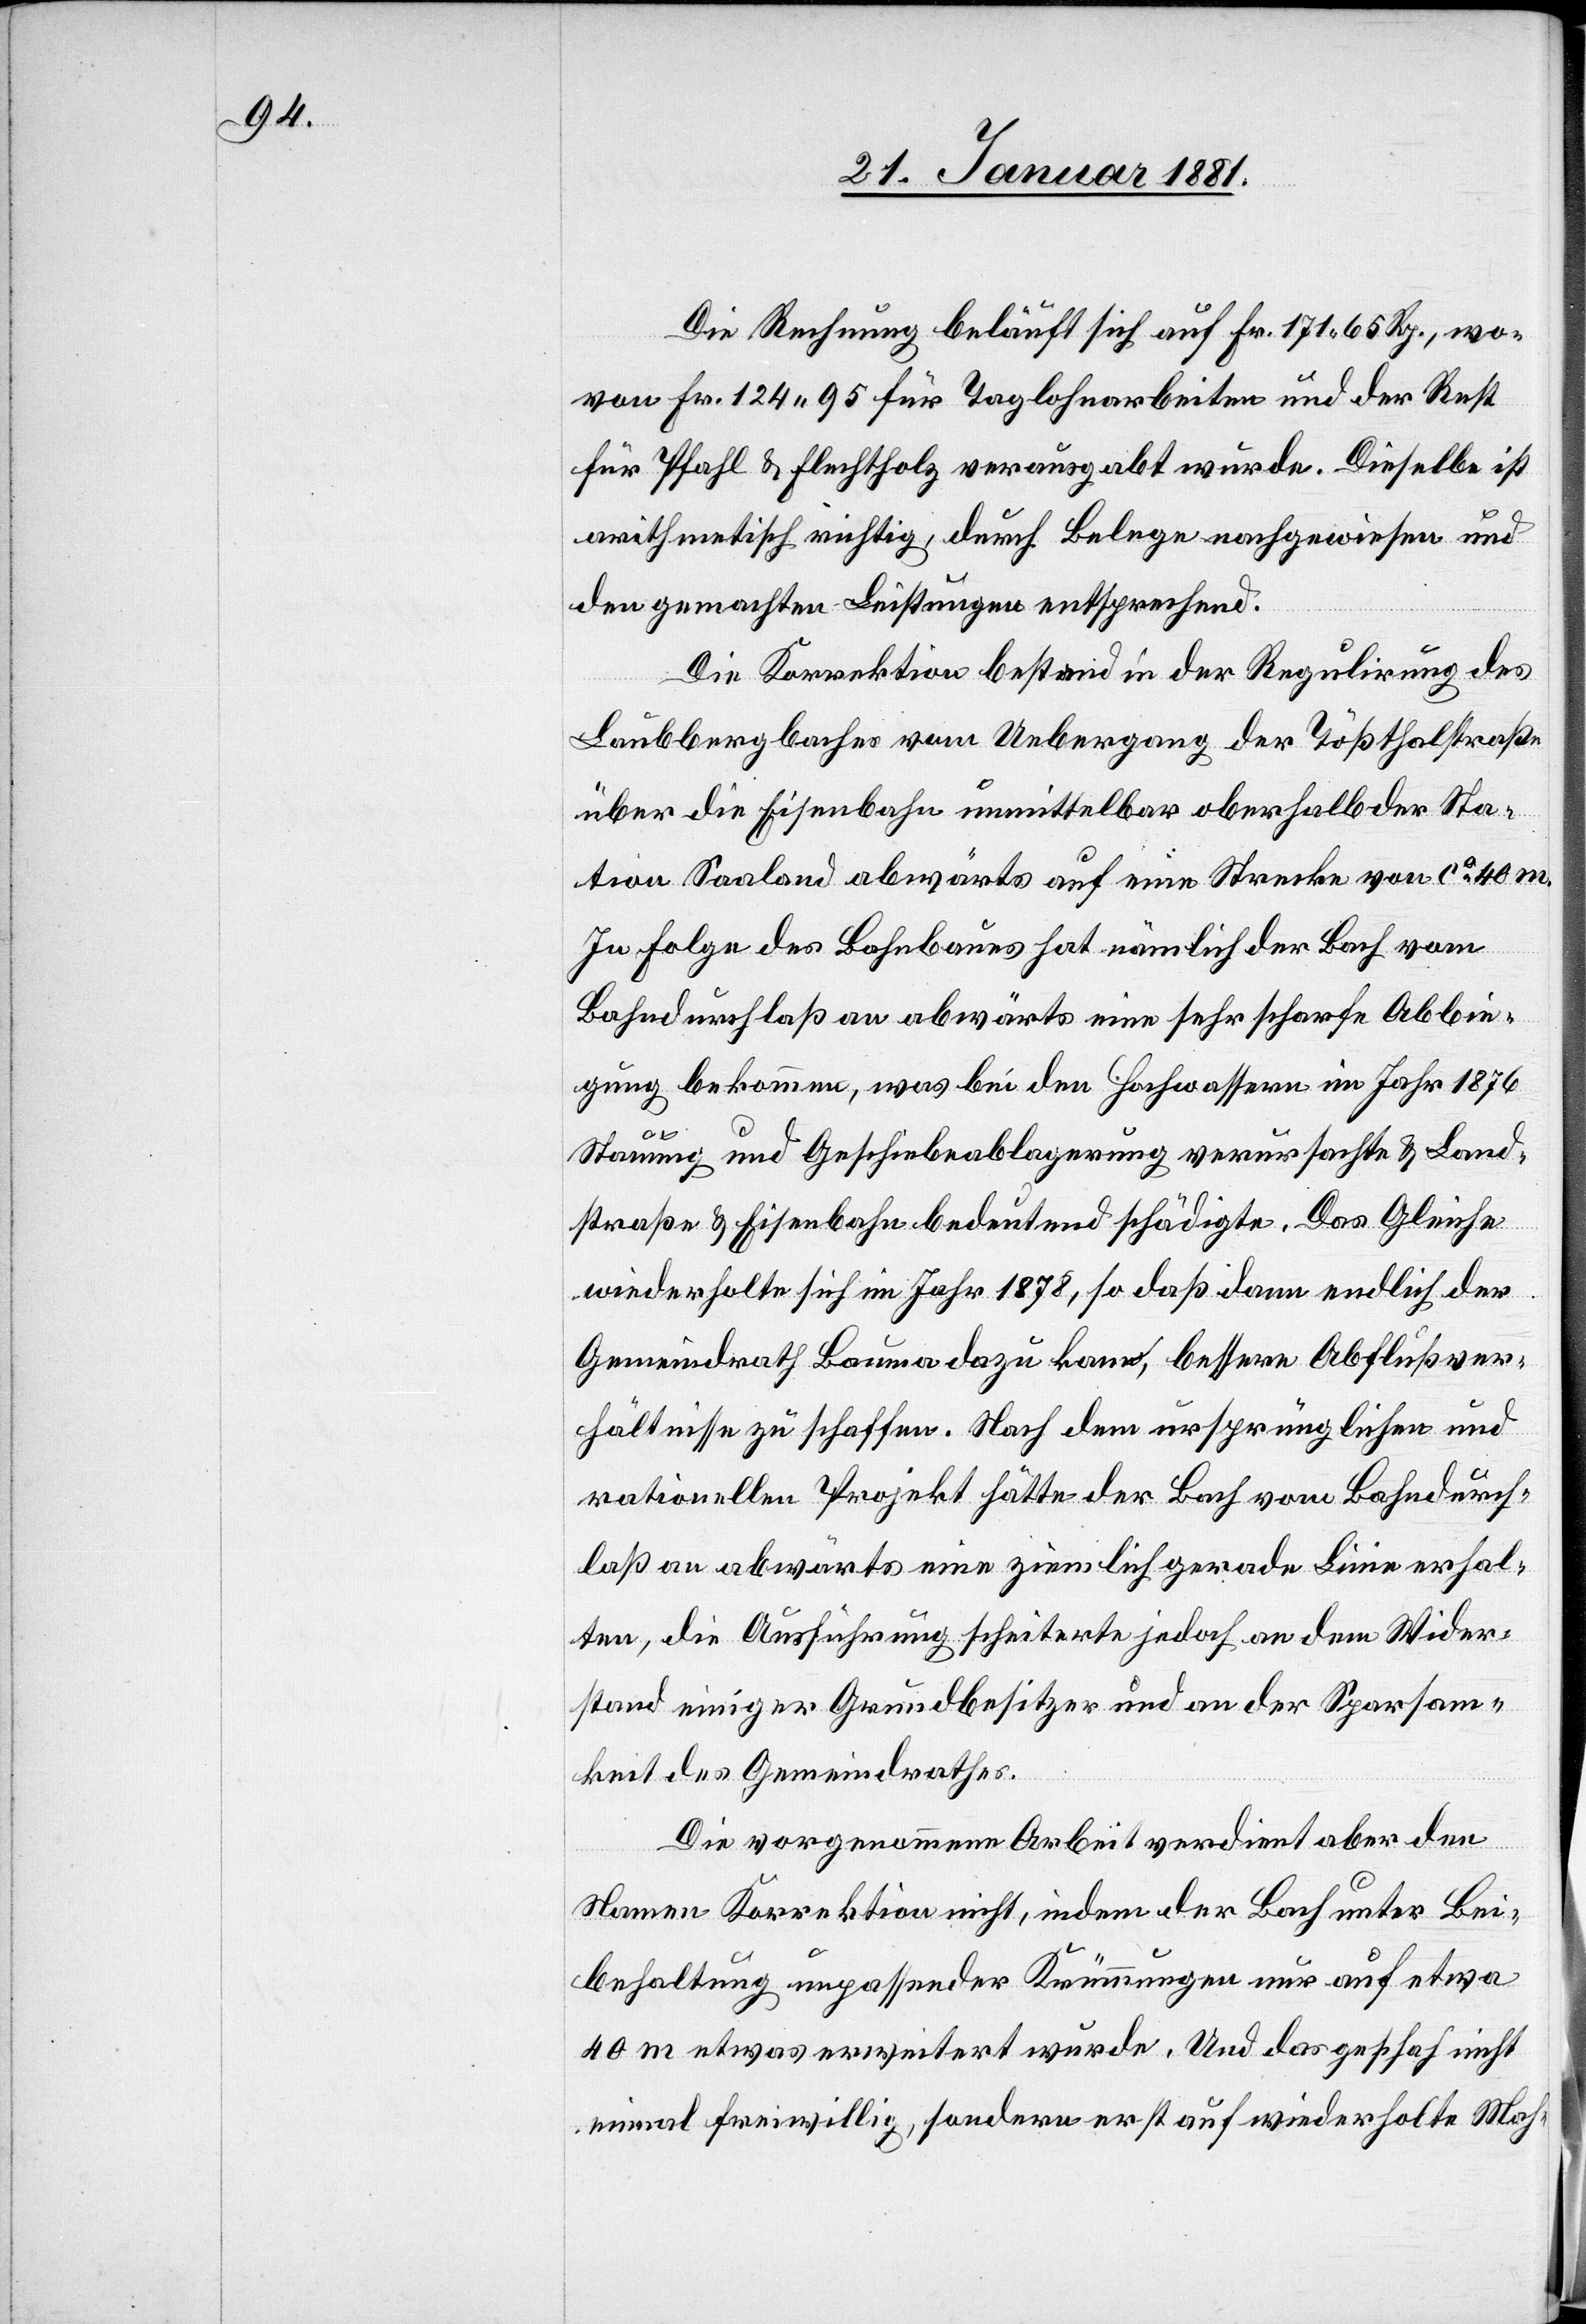
Die Rechnung beläuft sich auf Fr. 171 65 Rp., wo¬
von Fr. 124 95 für Taglohnarbeiten und der Rest
für Pfahl & Flechtholz verausgabt wurde. Dieselbe ist
arithmetisch richtig, durch Belege nachgewiesen und
den gemachten Leistungen entsprechend.
Die Korrektion bestand in der Regulirung des
Laubbergbaches vom Uebergang der Tößthalstraße
über die Eisenbahn unmittelbar oberhalb Sta¬
tion Saaland abwärts auf eine Strecke von ca 40 m.
In Folge des Bahnbaues hat nämlich der Bach vom
Bahndurchlaß an abwärts eine sehr scharfe Abbie¬
gung bekommen, was bei den Hochwassern im Jahr 1876
Stauung und Geschiebeablagerung verursachte & Land¬
straße & Eisenbahn bedeutend schädigte. Das Gleiche
wiederholte sich Jahr 1878, so daß dann endlich der
Gemeindrath Bauma dazu komme, bessere Abflußver¬
hältnisse zu schaffen. Nach dem ursprünglichen und
rationellen Projekt hätte der Bach vom Bahndurch¬
laß an abwärts eine ziemlich gerade Linie erhal¬
ten, die Ausführung scheiterte jedoch an dem Wieder¬
stand einiger Grundbesitzer und an der Sparsam¬
keit des Gemeindrathes.
Die vorgenommene Arbeit verdient aber den
Namen Korrektion nicht, indem der Bach unter Bei¬
behaltung unpassender Krümmungen nur auf etwa
40 m etwas erweitert wurde. Und das geschah nicht
einmal freiwillig, sondern erst auf wiederholte Mah-